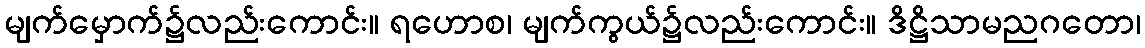
မျက်မှောက်၌လည်းကောင်း။ ရဟောစ၊ မျက်ကွယ်၌လည်းကောင်း။ ဒိဋ္ဌိသာမညဂတော၊